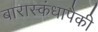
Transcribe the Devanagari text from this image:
बारास्कंधापैकी